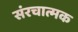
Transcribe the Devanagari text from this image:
संरचात्मक